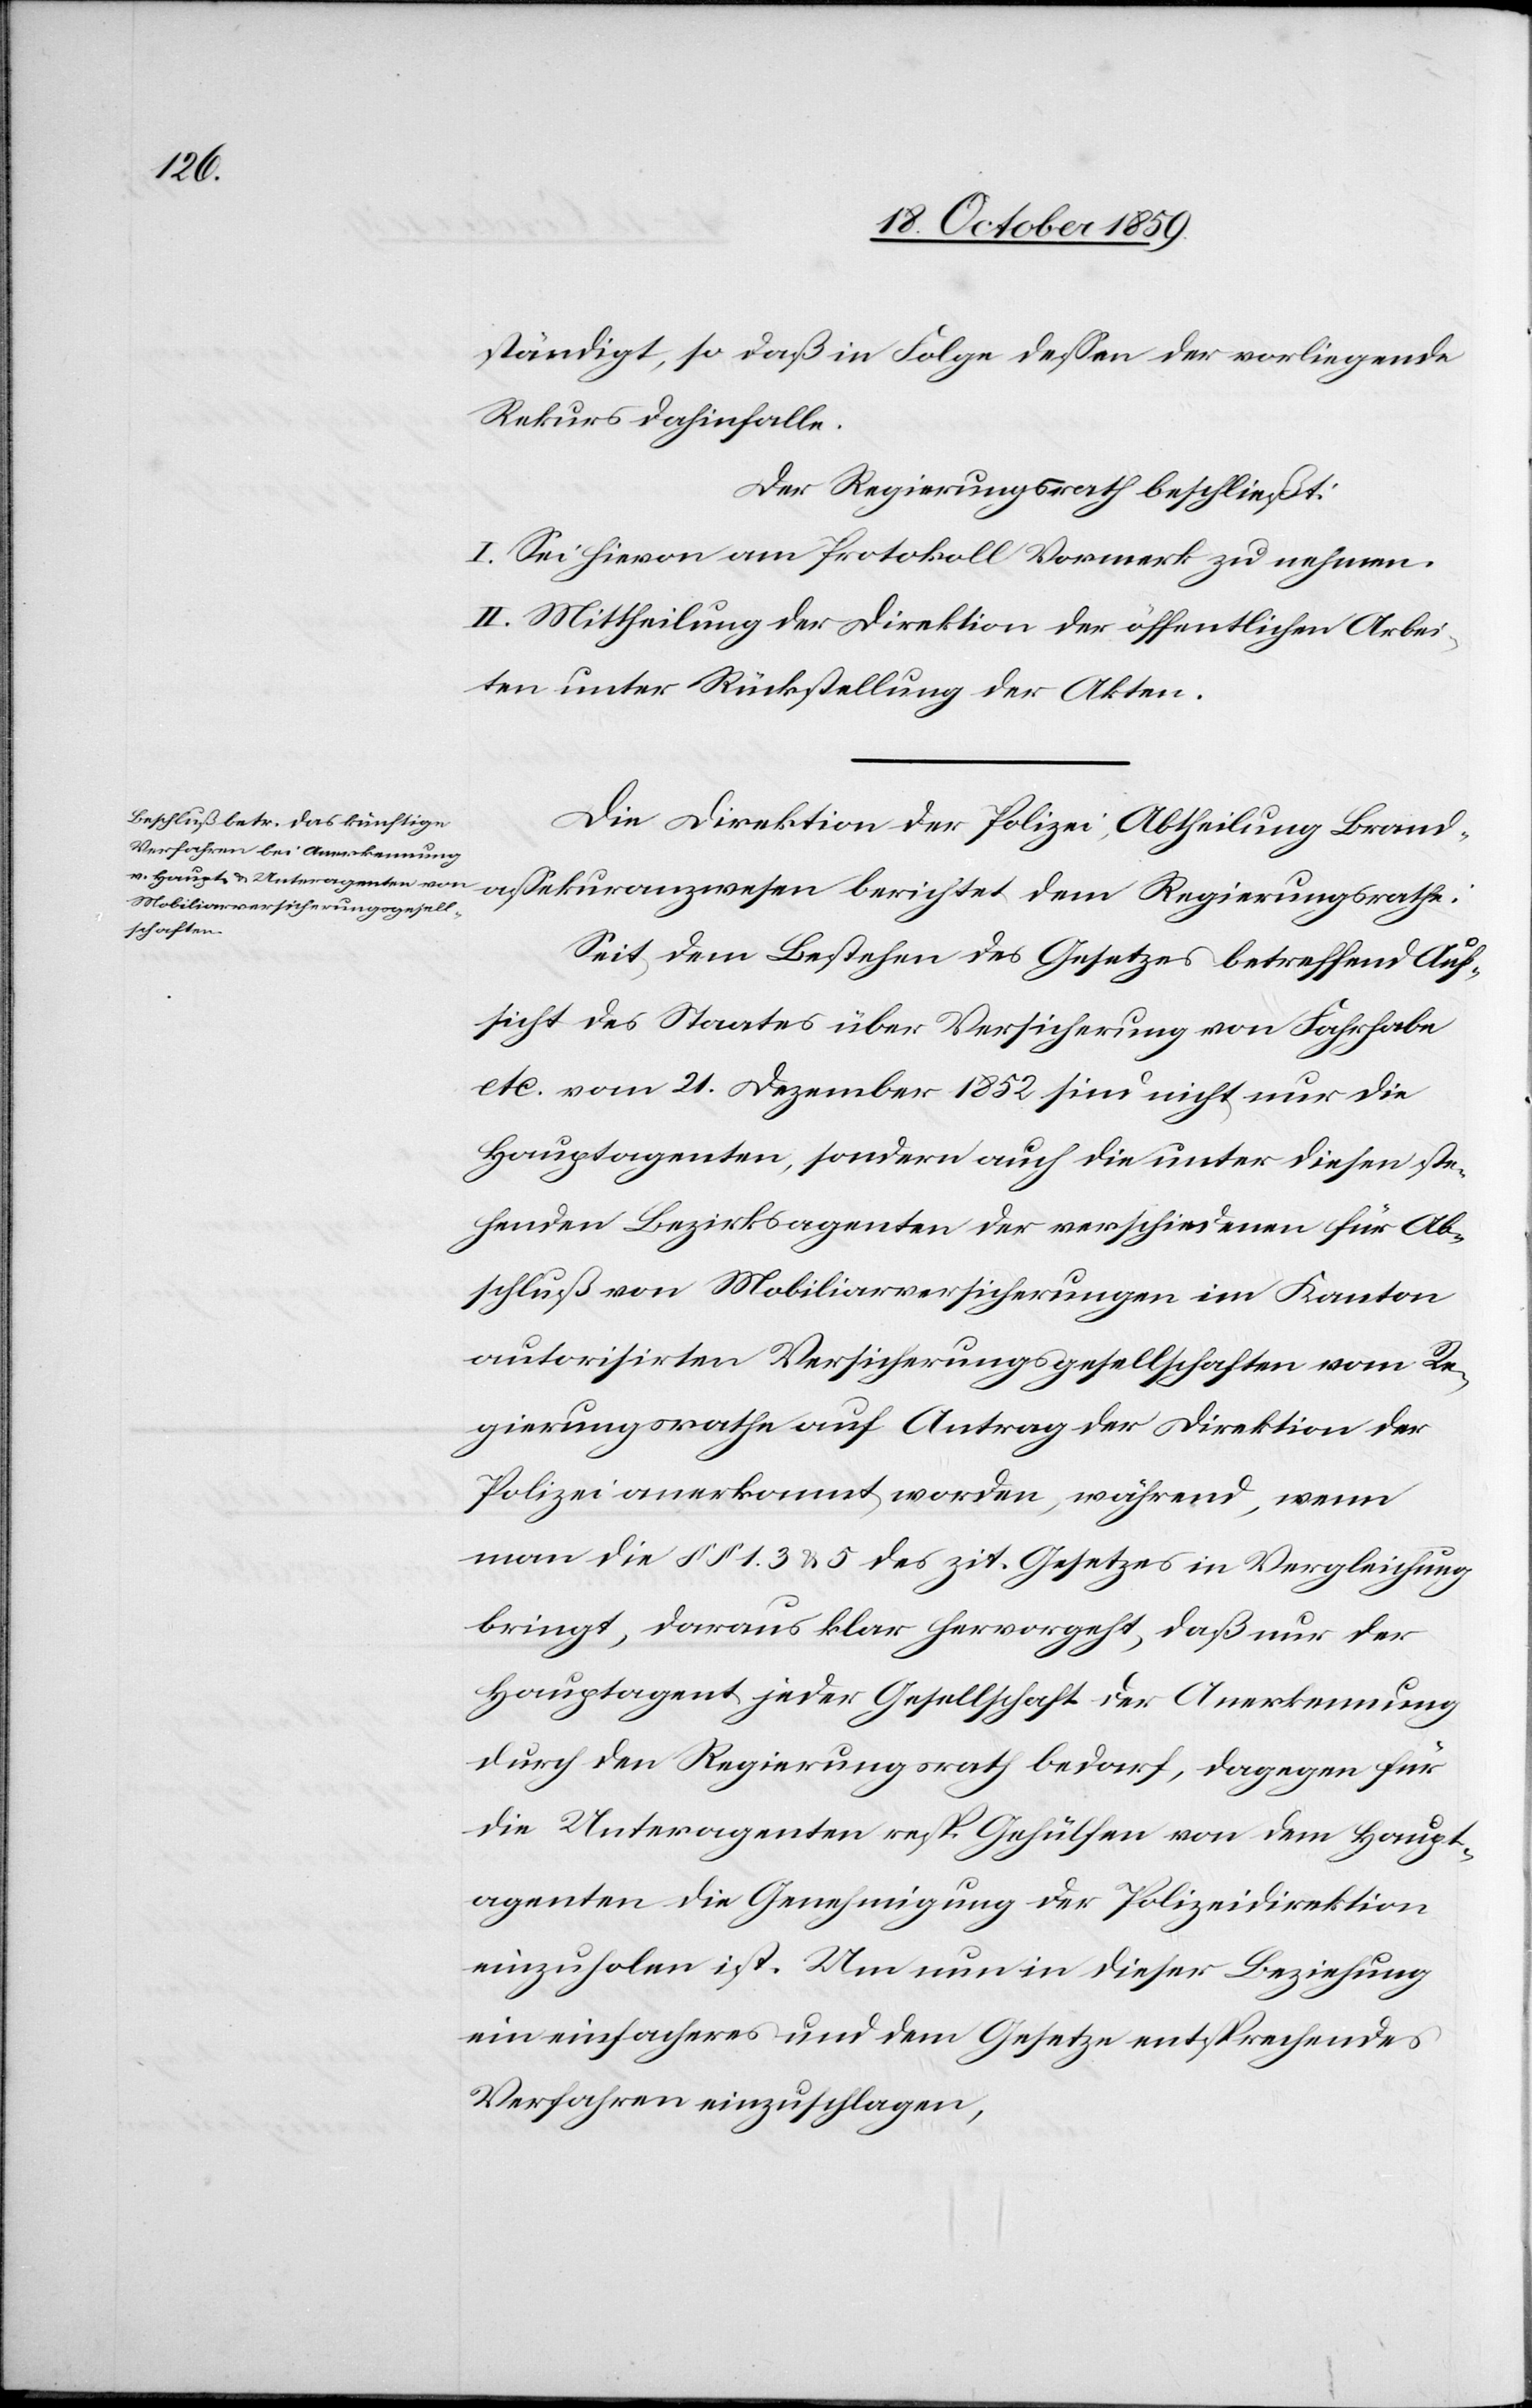
ständigt, so daß in Folge dessen der vorliegende
Rekurs dahinfalle.
Der Regierungsrath beschließt:
I. Sei hievon am Protokoll Vormerk zu nehmen.
II. Mittheilung der Direktion der öffentlichen Arbei¬
ten unter Rücksendung der Akten.
Die Direktion der Polizei, Abtheilung Brand¬
assekuranzwesen berichtet dem Regierungsrath:
Seit dem Bestehen des Gesetzes betreffend Auf¬
sicht des Staates über Versicherung von Fahrhabe
etc. vom 21. Dezember 1852 sind nicht nur die
Hauptagenten, sondern auch die unter diesen ste¬
henden Bezirksagenten der verschiedenen für Ab¬
schluß von Mobiliarversicherungen im Kanton
autorisirten Versicherungsgesellschaften vom Re¬
gierungsrath auf Antrag der Direktion der
Polizei anerkannt worden, während, wenn
man die §§ 1-3 & 5 des zit. Gesetzes in Vergleichung
bringt, daraus klar hervorgehe, daß nur der
Hauptagent jeder Gesellschaft der Anerkennung
durch den Regierungsrath bedarf, dagegen für
die Unteragenten resp. Gehülfen von dem Haupt¬
agenten die Genehmigung der Polizeidirektion
einzuholen ist. Um nun in dieser Beziehung
ein einfacheres und dem Gesetze entsprechendes
Verfahren einzuschlagen,